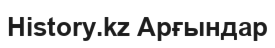
History.kz Арғындар